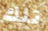
تلك